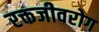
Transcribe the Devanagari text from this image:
रक्तजीवरोग